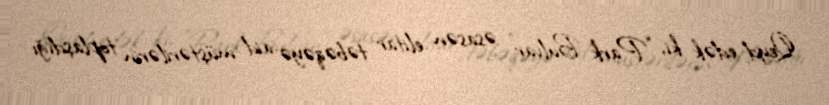
Qeyd edək ki, “Park Bulvar” əsasən elitar təbəqəyə aid müştərilərin toplaşdığı